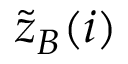
\tilde { z } _ { B } ( i )